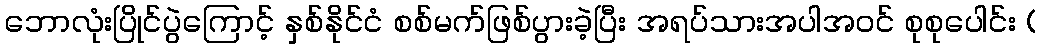
ဘောလုံးပြိုင်ပွဲကြောင့် နှစ်နိုင်ငံ စစ်မက်ဖြစ်ပွားခဲ့ပြီး အရပ်သားအပါအဝင် စုစုပေါင်း (